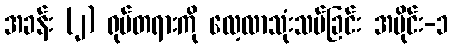
အခန်း (၂) ရုပ်တရားကို လေ့လာသုံးသပ်ခြင်း အပိုင်း-၁